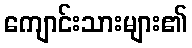
ကျောင်းသားများ၏